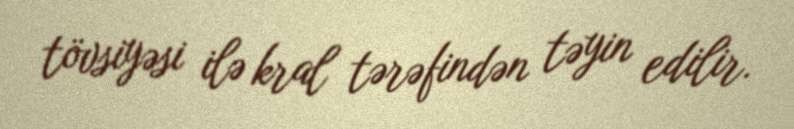
tövsiyəsi ilə kral tərəfindən təyin edilir.